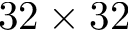
3 2 \times 3 2